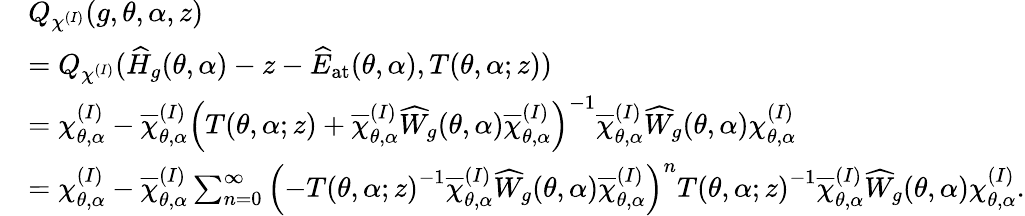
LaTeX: \begin{array}{rl}&{Q_{\chi^{(I)}}(g,\theta,\alpha,z)}\\ &{=Q_{\chi^{(I)}}(\widehat{H}_{g}(\theta,\alpha)-z-\widehat{E}_{\mathrm{at}}(\theta,\alpha),T(\theta,\alpha;z))}\\ &{=\chi_{\theta,\alpha}^{(I)}-\overline{{\chi}}_{\theta,\alpha}^{(I)}\left(T(\theta,\alpha;z)+\overline{{\chi}}_{\theta,\alpha}^{(I)}\widehat{W}_{g}(\theta,\alpha)\overline{{\chi}}_{\theta,\alpha}^{(I)}\right)^{-1}\overline{{\chi}}_{\theta,\alpha}^{(I)}\widehat{W}_{g}(\theta,\alpha)\chi_{\theta,\alpha}^{(I)}}\\ &{=\chi_{\theta,\alpha}^{(I)}-\overline{{\chi}}_{\theta,\alpha}^{(I)}\sum_{n=0}^{\infty}\left(-{T(\theta,\alpha;z)}^{-1}\overline{{\chi}}_{\theta,\alpha}^{(I)}\widehat{W}_{g}(\theta,\alpha)\overline{{\chi}}_{\theta,\alpha}^{(I)}\right)^{n}{T(\theta,\alpha;z)}^{-1}\overline{{\chi}}_{\theta,\alpha}^{(I)}\widehat{W}_{g}(\theta,\alpha)\chi_{\theta,\alpha}^{(I)}.}\end{array}